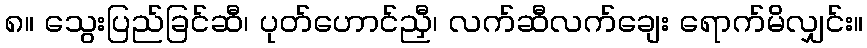
၈။ သွေးပြည်ခြင်ဆီ၊ ပုတ်ဟောင်ညှီ၊ လက်ဆီလက်ချေး ရောက်မိလျှင်း။